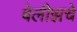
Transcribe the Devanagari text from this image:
बेलीझचे